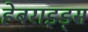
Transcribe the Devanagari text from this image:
हेबराइड्स